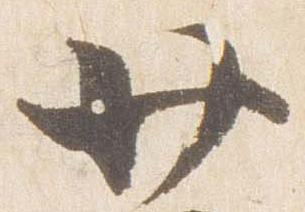
廿